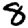
Digit: 8